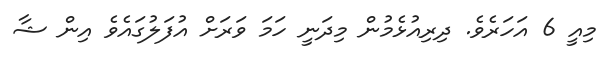
މިއީ 6 އަހަރެވެ. ދިރިއުޅެމުން މިދަނީ ހަމަ ވަރަށް އުފަލުގައެވެ އިން ޝާ